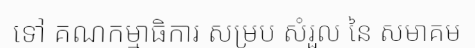
ទៅ គណកម្មាធិការ សម្រប សំរួល នៃ សមាគម